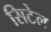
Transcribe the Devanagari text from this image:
सिटेल